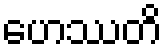
ဟေဿတိ